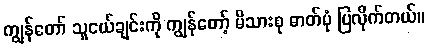
ကျွန်တော် သူငယ်ချင်းကို ကျွန်တော့် မိသားစု ဓာတ်ပုံ ပြလိုက်တယ်။